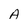
Character: A